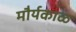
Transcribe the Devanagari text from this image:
मौर्यकाळ